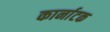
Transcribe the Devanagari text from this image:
कार्नाटक